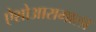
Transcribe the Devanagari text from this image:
ऐशोआरामाला